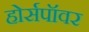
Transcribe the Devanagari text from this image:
होर्सपॉवर